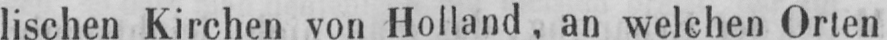
lischen Kirchen von Holland, an welchen Orten